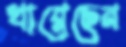
খাব্‌লেছেন